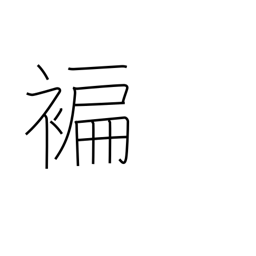
Meaning: narrow